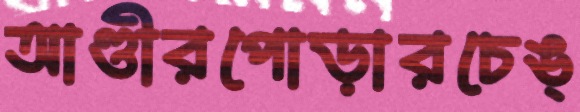
আণ্ডীরপোড়ারচেঙ্